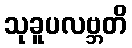
သုခူပလဗ္ဘတိ